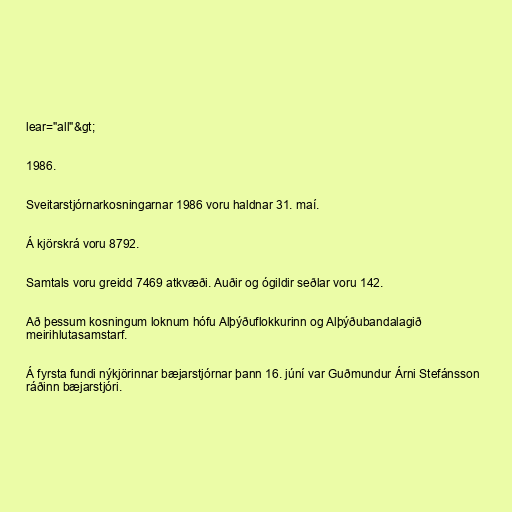
lear="all"&gt;

1986.

Sveitarstjórnarkosningarnar 1986 voru haldnar 31. maí.

Á kjörskrá voru 8792.

Samtals voru greidd 7469 atkvæði. Auðir og ógildir seðlar voru 142.

Að þessum kosningum loknum hófu Alþýðuflokkurinn og Alþýðubandalagið
meirihlutasamstarf.

Á fyrsta fundi nýkjörinnar bæjarstjórnar þann 16. júní var Guðmundur Árni Stefánsson
ráðinn bæjarstjóri.